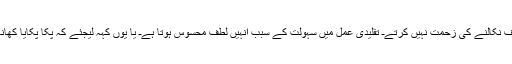
اپنی نئی ردیف نکالنے کی زحمت نہیں کرتےـ تقلیدی عمل میں سہولت کے سبب انہیں لطف محسوس ہوتا ہےـ یا یوں کہہ لیجئے کہ پکا پکایا کھانا کھاتے ہیں۔